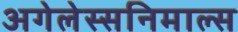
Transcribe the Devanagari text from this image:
अगेलेस्सनिमाल्स